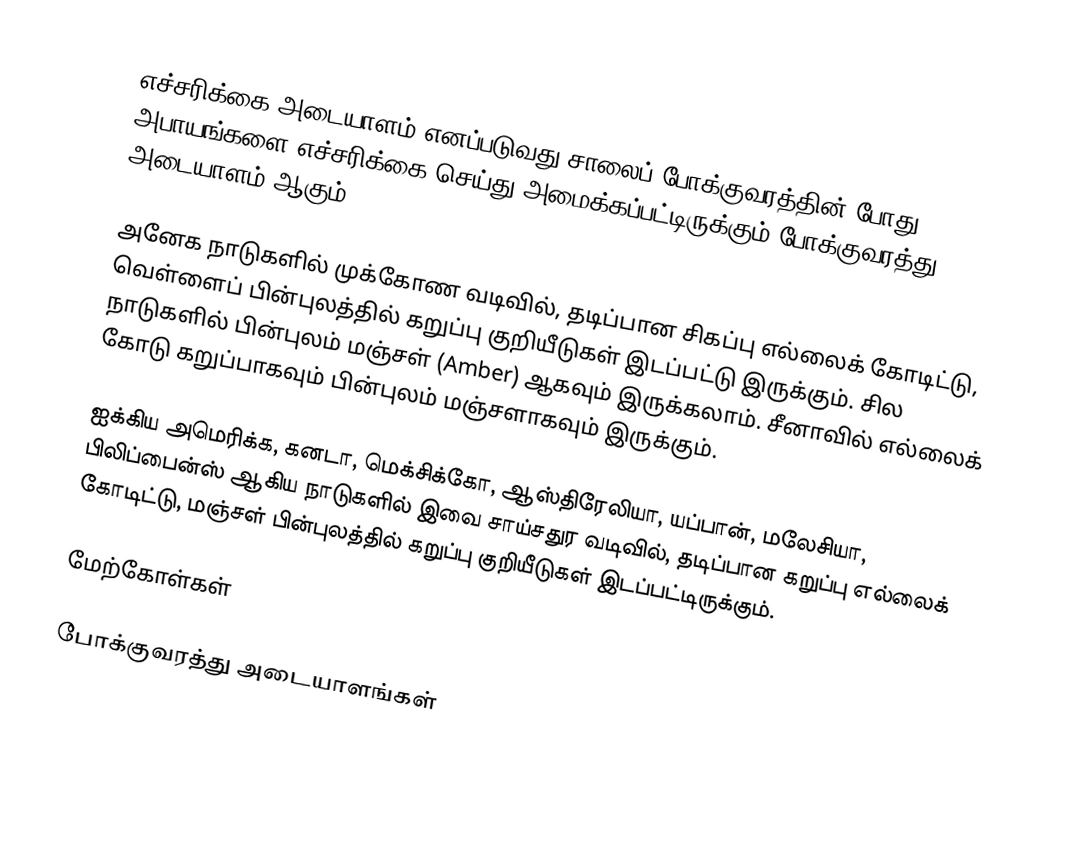
எச்சரிக்கை அடையாளம் எனப்படுவது சாலைப் போக்குவரத்தின் போது அபாயங்களை எச்சரிக்கை செய்து அமைக்கப்பட்டிருக்கும் போக்குவரத்து அடையாளம் ஆகும்.

அனேக நாடுகளில் முக்கோண வடிவில், தடிப்பான சிகப்பு எல்லைக் கோடிட்டு, வெள்ளைப் பின்புலத்தில் கறுப்பு குறியீடுகள் இடப்பட்டு இருக்கும்.  சில நாடுகளில் பின்புலம் மஞ்சள் (Amber) ஆகவும் இருக்கலாம்.  சீனாவில் எல்லைக் கோடு கறுப்பாகவும் பின்புலம் மஞ்சளாகவும் இருக்கும்.

ஐக்கிய அமெரிக்க, கனடா, மெக்சிக்கோ, ஆஸ்திரேலியா, யப்பான், மலேசியா, பிலிப்பைன்ஸ் ஆகிய நாடுகளில் இவை சாய்சதுர வடிவில், தடிப்பான கறுப்பு எல்லைக் கோடிட்டு, மஞ்சள் பின்புலத்தில் கறுப்பு குறியீடுகள் இடப்பட்டிருக்கும்.

மேற்கோள்கள்

போக்குவரத்து அடையாளங்கள்